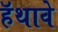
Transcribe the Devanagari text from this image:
हॅथावे